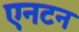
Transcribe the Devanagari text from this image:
एनटन